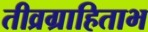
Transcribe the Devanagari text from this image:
तीव्रग्राहिताभ